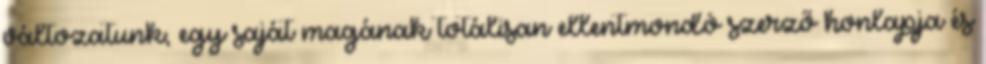
változatunk, egy saját magának totálisan ellentmondó szerző honlapja és